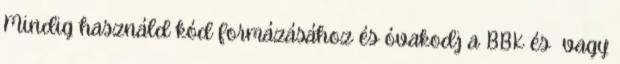
Mindig használd kód formázásához és óvakodj a BBK és vagy